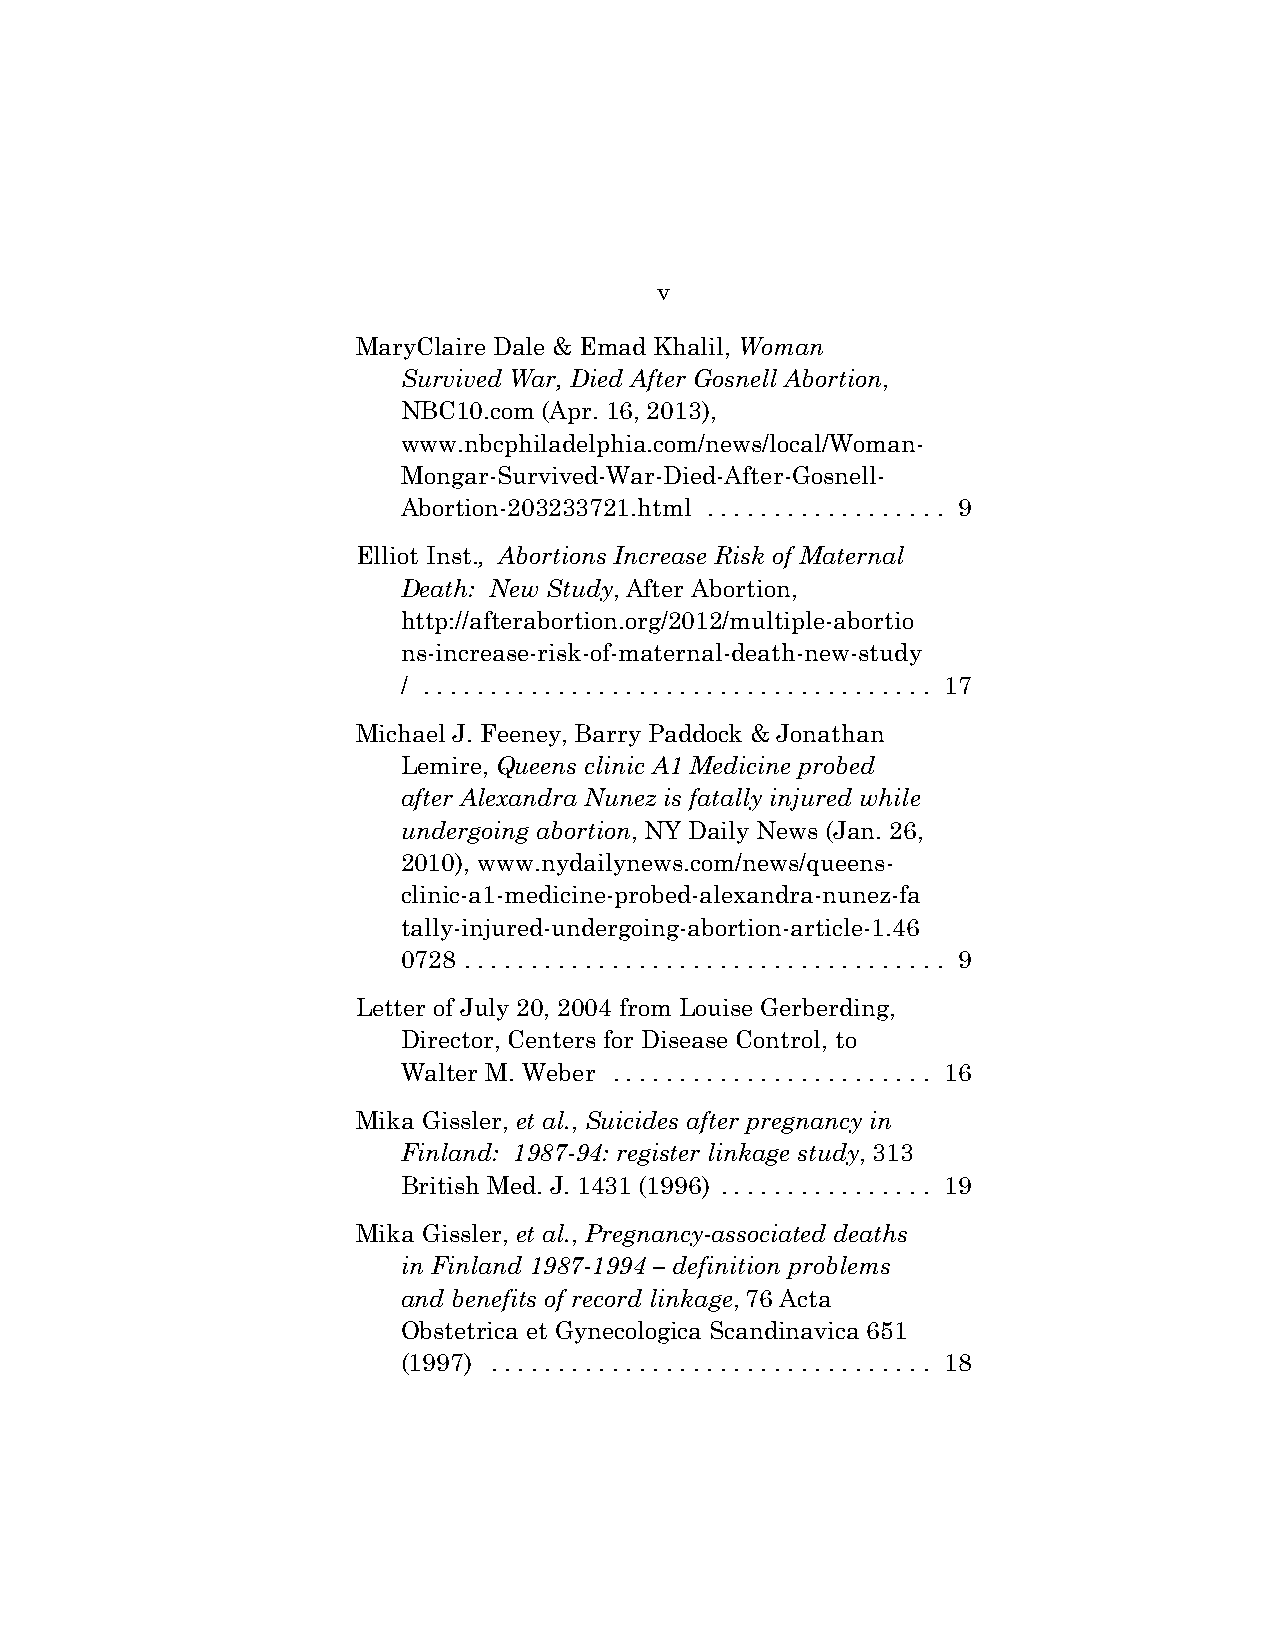
v
 MaryClaire Dale & Emad Khalil, Woman
 Survived War, Died After Gosnell Abortion,
 NBC10.com (Apr. 16, 2013),
 www.nbcphiladelphia.com/news/local/Woman-
 Mongar-Survived-War-Died-After-Gosnell-
 Abortion-203233721.html . . . . . . . . . . . . . . . . . . 9
 Elliot Inst., Abortions Increase Risk of Maternal
 Death: New Study, After Abortion,
 http://afterabortion.org/2012/multiple-abortio
 ns-increase-risk-of-maternal-death-new-study
 / . . . . . . . . . . . . . . . . . . . . . . . . . . . . . . . . . . . . . . 17
 Michael J. Feeney, Barry Paddock & Jonathan
 Lemire, Queens clinic A1 Medicine probed
 after Alexandra Nunez is fatally injured while
 undergoing abortion, NY Daily News (Jan. 26,
 2010), www.nydailynews.com/news/queens-
 clinic-a1-medicine-probed-alexandra-nunez-fa
 tally-injured-undergoing-abortion-article-1.46
 0728 . . . . . . . . . . . . . . . . . . . . . . . . . . . . . . . . . . . . 9
 Letter of July 20, 2004 from Louise Gerberding,
 Director, Centers for Disease Control, to
 Walter M. Weber . . . . . . . . . . . . . . . . . . . . . . . . 16
 Mika Gissler, et al., Suicides after pregnancy in
 Finland: 1987-94: register linkage study, 313
 British Med. J. 1431 (1996) . . . . . . . . . . . . . . . . 19
 Mika Gissler, et al., Pregnancy-associated deaths
 in Finland 1987-1994 – definition problems
 and benefits of record linkage, 76 Acta
 Obstetrica et Gynecologica Scandinavica 651
 (1997) . . . . . . . . . . . . . . . . . . . . . . . . . . . . . . . . . 18